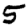
Digit: 5